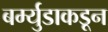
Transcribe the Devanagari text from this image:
बर्म्युडाकडून